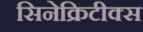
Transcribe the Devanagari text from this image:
सिनेक्रिटीक्स